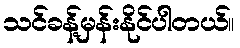
သင်ခန့်မှန်းနိုင်ပါတယ်။